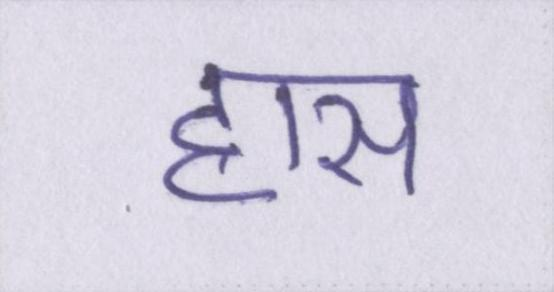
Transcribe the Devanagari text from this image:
ह्रास